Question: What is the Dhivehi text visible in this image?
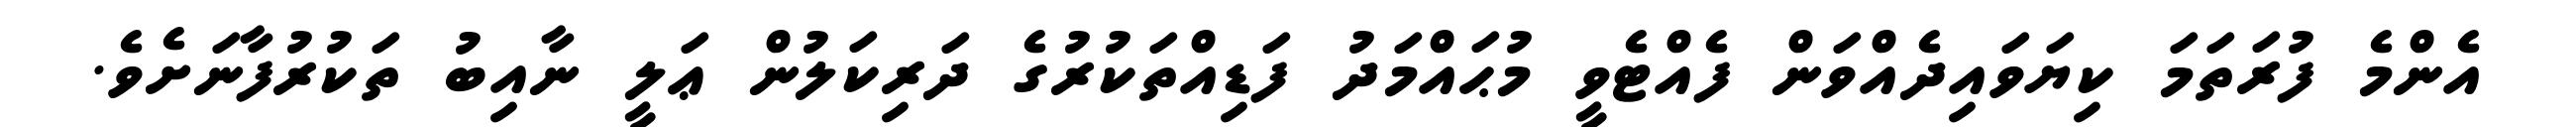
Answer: އެންމެ ފުރަތަމަ ކިޔަވައިދެއްވަން ފެއްޓެވީ މުޙައްމަދު ފަޑިއްތަކުރުގެ ދަރިކަލުން ޢަލީ ނާއިބު ތަކުރުފާނަށެވެ.